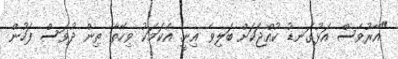
"އޭރުވެސް އަޅުގަނޑު ކުއްޖަކަށް ބަލިވެ އިނީ. އެކަމަކު ވިހޭތާ ތިން ދުވަސް ފަހުން